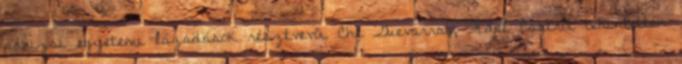
párizsi egyetemi lázadások résztvevői Che Guevarrat, Fidel Castrot tekintették